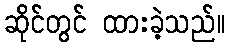
ဆိုင်တွင် ထားခဲ့သည်။